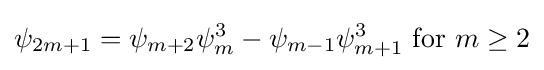
\psi _{2m+1}=\psi _{m+2}\psi _{m}^{3}-\psi _{m-1}\psi _{m+1}^{3}{\text{ for }}m\geq 2